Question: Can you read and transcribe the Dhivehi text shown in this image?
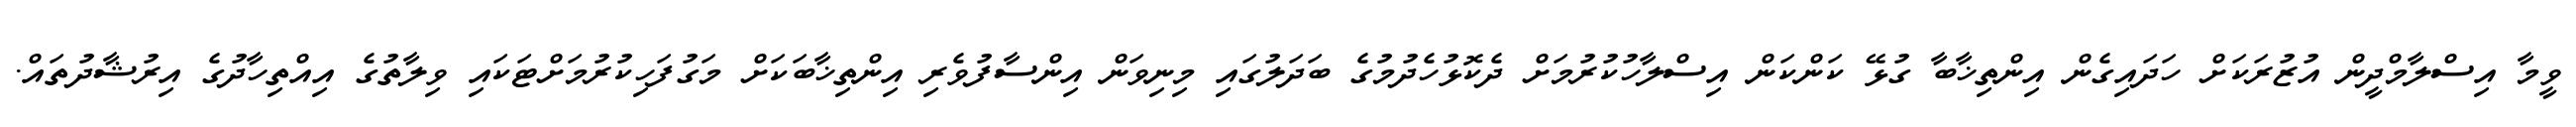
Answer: ވީމާ އިސްލާމްދީން އުޒުރަކަށް ހަދައިގެން އިންތިޚާބާ ގުޅޭ ކަންކަން އިސްލާހުކުރުމަށް ދެކޮޅުހެދުމުގެ ބަދަލުގައި މިނިވަން އިންސާފުވެރި އިންތިޚާބަކަށް މަގުފަހިކުރުމަށްޓަކައި ވިލާތުގެ އިއްތިހާދުގެ އިރުޝާދުތައް.